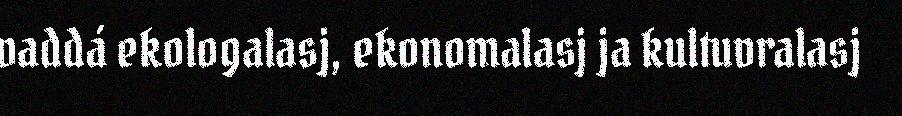
vaddá ekologalasj, ekonomalasj ja kultuvralasj